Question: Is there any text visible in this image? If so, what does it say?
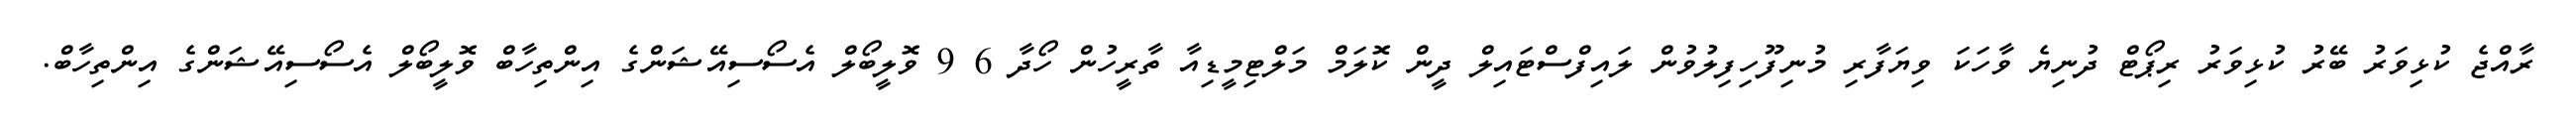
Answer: ރާއްޖެ ކުޅިވަރު ބޭރު ކުޅިވަރު ރިޕޯޓް ދުނިޔެ ވާހަކަ ވިޔަފާރި މުނިފޫހިފިލުވުން ލައިފްސްޓައިލް ދީން ކޮލަމް މަލްޓިމީޑިއާ ތާރީހުން ހޯދާ 6 9 ވޮލީބޯލް އެސޯސިއޭޝަންގެ އިންތިހާބް ވޮލީބޯލް އެސޯސިއޭޝަންގެ އިންތިހާބް.